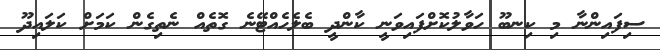
ސިފައިންނާ މި ކިނބޫ ހަވާލުކޮށްފައިވަނީ ކާންދީ ބެލެހެއްޓޭނެ ގޮތެއް ނެތިގެން ކަމަށް ކަލައިދޫ